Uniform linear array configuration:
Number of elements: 16
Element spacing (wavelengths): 0.25
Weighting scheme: hamming
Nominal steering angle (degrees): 0
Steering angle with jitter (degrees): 1.028
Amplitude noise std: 0.05
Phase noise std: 0.05

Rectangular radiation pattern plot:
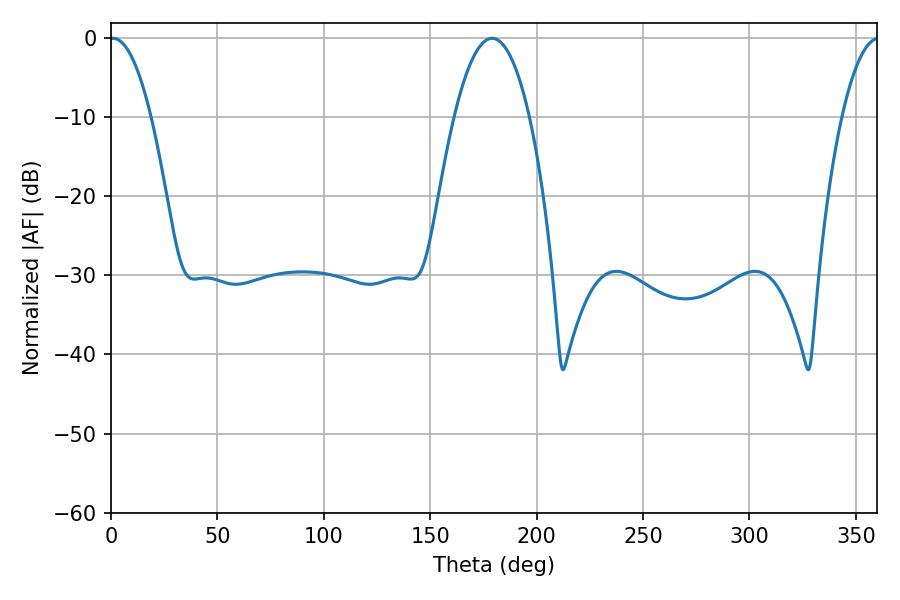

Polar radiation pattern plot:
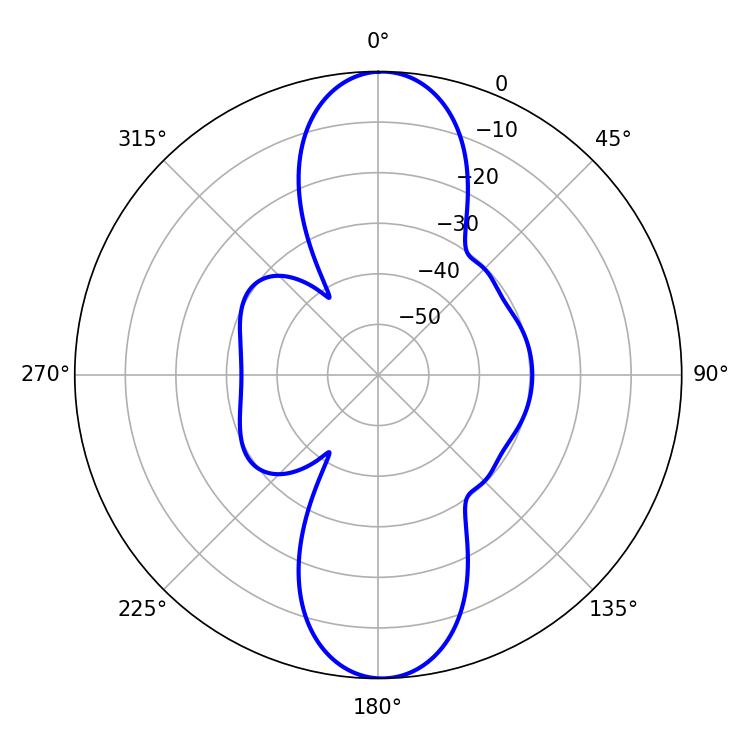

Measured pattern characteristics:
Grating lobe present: FALSE
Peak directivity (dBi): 21.623
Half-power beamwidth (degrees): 10.8
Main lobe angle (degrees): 0.9